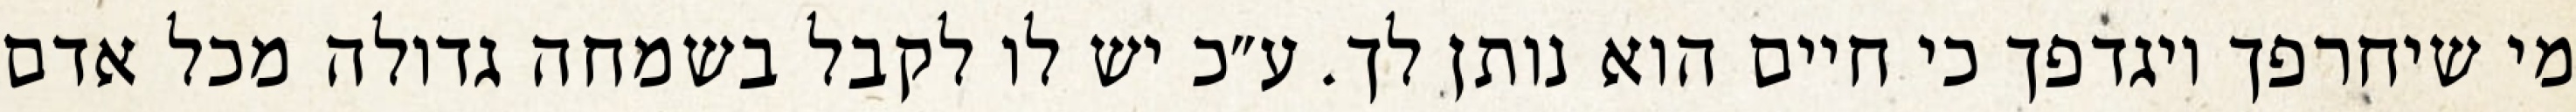
מי שיחרפך ויגדפך כי חיים הוא נותן לך. ע״כ יש לו לקבל בשמחה גדולה מכל אדם